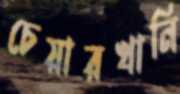
চেয়ারখানি